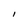
Character: l